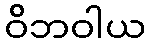
ဝိဘဝါယ